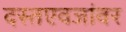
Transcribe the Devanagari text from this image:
दस्तएवजांवर